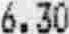
6.30